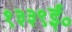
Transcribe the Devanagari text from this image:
१३३९ई०